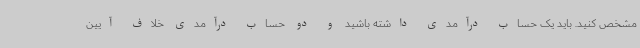
مشخص کنید. باید یک حساب درآمدی داشته باشید و دو حساب درآمدی خلاف آیین